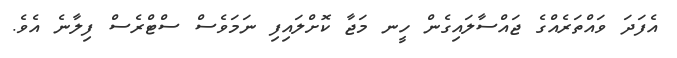
އެފަދަ ވައްތަރެއްގެ ޖައްސާލައިގެން ހީނ މަޖާ ކޮށްލައިފި ނަމަވެސް ސްޓްރެސް ފިލާނެ އެވެ.